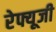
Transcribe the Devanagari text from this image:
रेफ्यूजी